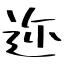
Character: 迩